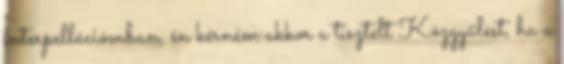
interpellációmban, én kérném akkor a tisztelt Közgyűlést, ha a